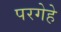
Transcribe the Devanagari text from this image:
परगेहे